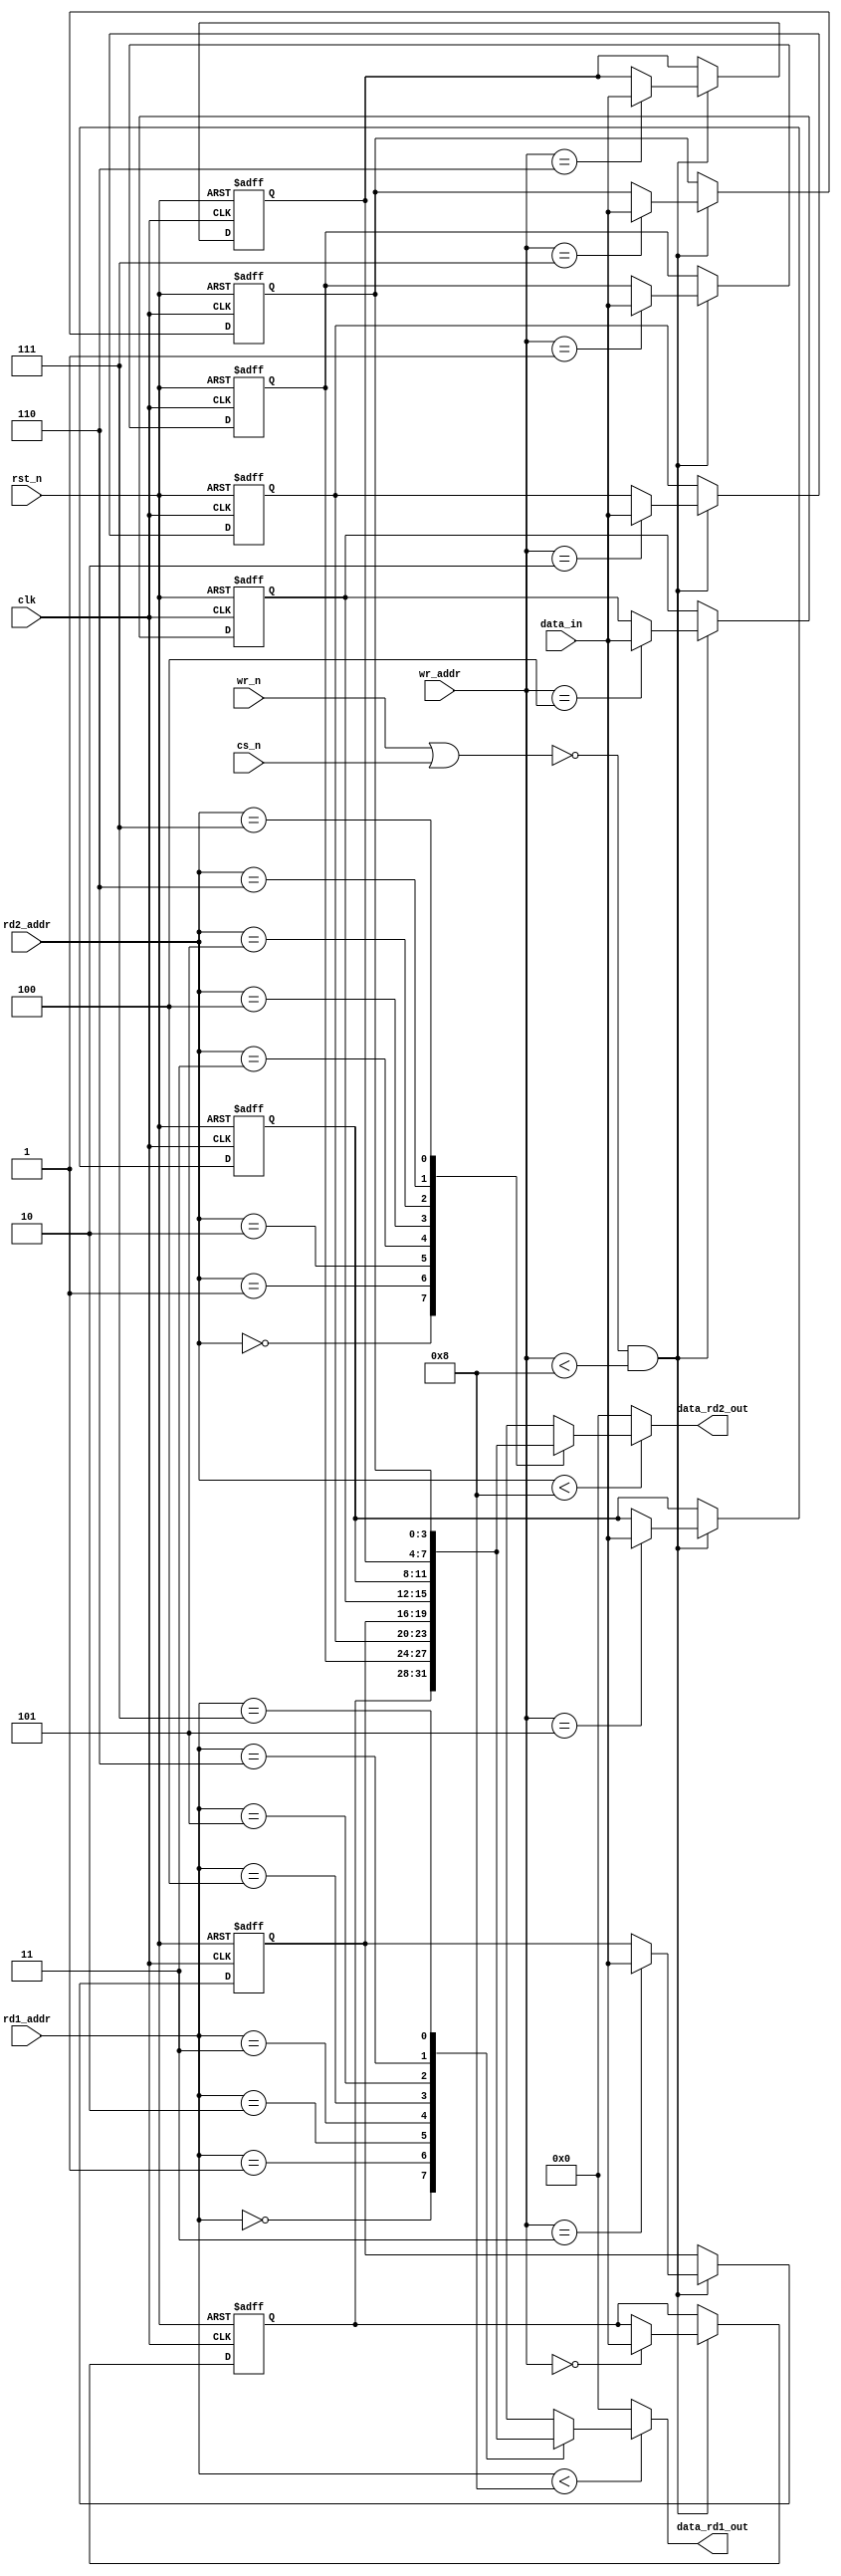
//
////////////////////////////////////////////////////////////////////////////////
////////////////////////////////////////////////////////////////////////////////
// ABSTRACT:  Dual port (1 write port, 1 read port) DFF based RAM
//            with parameter driven retiming register insertion
//
//              Parameters:     Valid Values
//              ==========      ============
//	 	data_width     	[ 1 to 2048 ]
//	 	depth     	[ 2 to 1024 ]
//	 	rst_mode     	[ 0 or 1 ]
//              
//              Input Ports     Size    Description
//              ============    ====    ===========
//	        clk             1 bit   Positive-edge Clock
//	        rst_n           1 bit	Active Low asynchronous Reset
//	        cs_n            1 bit	Active Low Chip Select
//	        wr_n            1 bit	Active Low Write Control
//              rd1_addr        N bits  Read Port 1 Address
//              rd2_addr        N bits  Read Port 2 Address
//              wr_addr         N bits  Write Address
//	        data_in         W bits  Input Data (for writes)
//
//              Output Port     Size    Description
//              ============    ====    ===========
//	        data_rd1_out	W bits	Read Port 1 Output Data
//	        data_rd2_out	W bits	Read Port 2 Output Data
//
//                Note: N is defined as addr_width - a parameter which should
//                      be set (by the parent design) to ceil( log2( depth ) )
//
//                      W is defined as the data_width parameter
//
//
//	MODIFIED:
//
////////////////////////////////////////////////////////////////////////////////


  module DW_ram_2r_w_s_dff (
	clk,
	rst_n,
	cs_n,
	wr_n,
        rd1_addr,
        rd2_addr,
	wr_addr,
	data_in,
	data_rd1_out,
	data_rd2_out

// synopsys dc_tcl_script_begin
// set ::suppress_errors [concat $::suppress_errors {EQN-10}]
// set save_suppress_dwbb_ram_2r_w_s_dff [lminus $::suppress_errors {EQN-10}]
// set ::suppress_errors {VHDL-2023 UID-95 EQN-19 TIM-103}
// set_design_license -dont_show [find reference "*"] {"DesignWare"}  -quiet
// set_model_load 4 [all_outputs]
// set_model_drive 1 [all_inputs]
// set_structure "true"
// set_flatten "false"
// set_local_link_library { "dw_foundation.sldb" }
// set_attribute [current_design] "date" "03.24.10" -type "string" -quiet
// set_attribute [current_design] "DesignWare" "TRUE" -type "boolean" -quiet
// set_attribute [current_design] "vendor" "Synopsys" -type "string" -quiet
// set_attribute [current_design] "library" "dw06" -type "string" -quiet
// set_attribute [current_design] "keyword" "sequencial" -type "string" -quiet
// set_attribute [current_design] "abstract" "Synchronous Write-port, Asynchronous double Read-port RAM Flip-flop-based" -type "string" -quiet
// set_attribute [current_design] "designer" "Rick Kelly" -type "string" -quiet 
// set_attribute [current_design] "DesignWare_version" "2010b43e" -type "string" -quiet
// set_attribute [current_design] "DesignWare_release" "D-2010.03:G-2012.06-DWBB_201206.1" -type "string" -quiet
// set ::suppress_errors $save_suppress_dwbb_ram_2r_w_s_dff
// unset save_suppress_dwbb_ram_2r_w_s_dff
// synopsys dc_tcl_script_end
	);

   parameter data_width = 4;	// RANGE 1 to 2048
   parameter depth = 8;		// RANGE 2 to 1024
   parameter rst_mode = 0;	// RANGE 0 to 1

   localparam DW_addr_width = ((depth>256)?((depth>4096)?((depth>16384)?((depth>32768)?16:15):((depth>8192)?14:13)):((depth>1024)?((depth>2048)?12:11):((depth>512)?10:9))):((depth>16)?((depth>64)?((depth>128)?8:7):((depth>32)?6:5)):((depth>4)?((depth>8)?4:3):((depth>2)?2:1))));

   input 			clk;		// clock input
   input 			rst_n;		// active low reset
   input 			cs_n;		// active low RAM select
   input 			wr_n;		// active low RAM write enable
   input [DW_addr_width-1:0]	rd1_addr;	// RAM read port 1 address bus
   input [DW_addr_width-1:0]	rd2_addr;	// RAM read port 2 address bus
   input [DW_addr_width-1:0]	wr_addr;	// RAM write address bus
   input [data_width-1:0]	data_in;	// RAM write data input bus

   output [data_width-1:0]	data_rd1_out;	// RAM read port 1 output bus
   output [data_width-1:0]	data_rd2_out;	// RAM read port 2 output bus


   reg [data_width-1:0]		mem [0 : depth-1];

  
  generate if (rst_mode == 0) begin : BLK_regs
    always @ (posedge clk or negedge rst_n) begin : PROC_mem_array_regs
      integer i;

      if (rst_n == 1'b0) begin
	//synthesis loop_limit 2000
	for (i=0 ; i < depth ; i=i+1)
	  mem[i] <= {data_width{1'b0}};
      end else begin
	if (((wr_n | cs_n) == 1'b0) && (wr_addr < depth))
	  mem[wr_addr] <= data_in;
      end
    end
  end else begin
    always @ (posedge clk) begin : PROC_mem_array_regs
      integer i;

      if (rst_n == 1'b0) begin
	//synthesis loop_limit 2000
	for (i=0 ; i < depth ; i=i+1)
	  mem[i] <= {data_width{1'b0}};
      end else begin
	if (((wr_n | cs_n) == 1'b0) && (wr_addr < depth))
	  mem[wr_addr] <= data_in;
      end
    end
  end endgenerate

  assign data_rd1_out = (rd1_addr < depth)? mem[rd1_addr] : {data_width{1'b0}};

  assign data_rd2_out = (rd2_addr < depth)? mem[rd2_addr] : {data_width{1'b0}};

endmodule